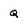
Character: Q